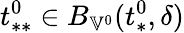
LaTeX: t_{**}^{0}\in B_{\mathbb{V}^{0}}(t_{*}^{0},\delta)